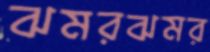
ঝমরঝমর